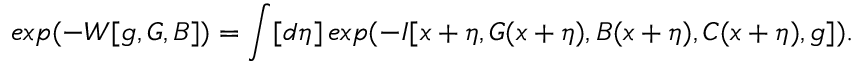
e x p ( - W [ g , G , B ] ) = \int [ d \eta ] \, e x p ( - I [ x + \eta , G ( x + \eta ) , B ( x + \eta ) , C ( x + \eta ) , g ] ) .